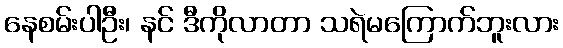
နေစမ်းပါဦး၊ နင် ဒီကိုလာတာ သရဲမကြောက်ဘူးလား